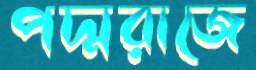
পদ্মরাজে